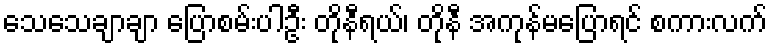
သေသေချာချာ ပြောစမ်းပါဦး တိုနီရယ်၊ တိုနီ အကုန်မပြောရင် စကားလက်